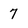
Character: 7